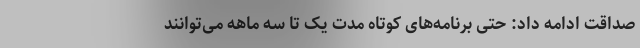
صداقت ادامه داد: حتی برنامه‌های کوتاه مدت یک تا سه ماهه می‌توانند